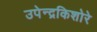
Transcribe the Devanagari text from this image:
उपेन्द्रकिशोरे